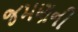
જમણની